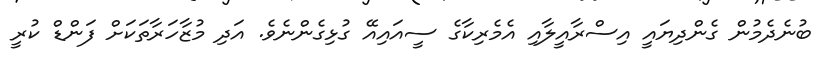
ބުނެދެމުން ގެންދިޔައީ އިސްރާއީލާއި އެމެރިކާގެ ސީއައިއޭ ގުޅިގެންނެވެ. އަދި މުޒާހަރާތަކަށް ފަންޑް ކުރީ